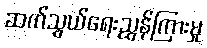
ဆက်သွယ်ရေးညွှန်ကြားမှု